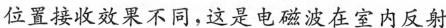
位置接收效果不同，这是电磁波在室内反射